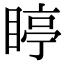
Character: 䁎